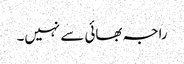
راجہ بھائی سے نہیں۔